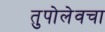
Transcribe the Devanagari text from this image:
तुपोलेवचा